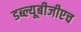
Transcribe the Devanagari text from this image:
डब्ल्यूबीजीएच